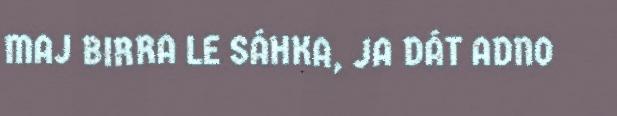
MAJ BIRRA LE SÁHKA, JA DÁT ADNO